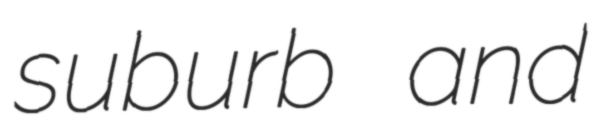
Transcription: suburb and